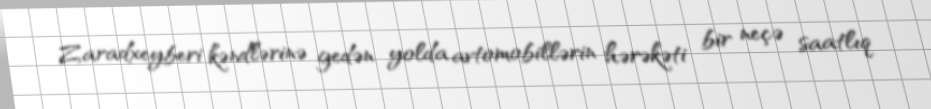
Zaradxeyberi kəndlərinə gedən yolda avtomobillərin hərəkəti bir neçə saatlıq